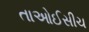
તાઓઈસીચ